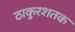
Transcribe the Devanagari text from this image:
ठाकुरशतक